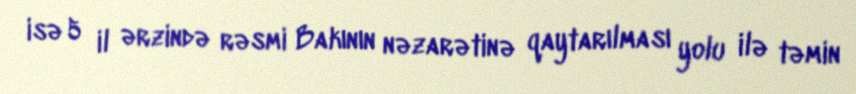
isə 5 il ərzində rəsmi Bakının nəzarətinə qaytarılması yolu ilə təmin